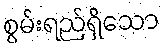
စွမ်းရည်ရှိသော